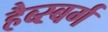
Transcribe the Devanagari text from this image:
हैब्स्बर्ग